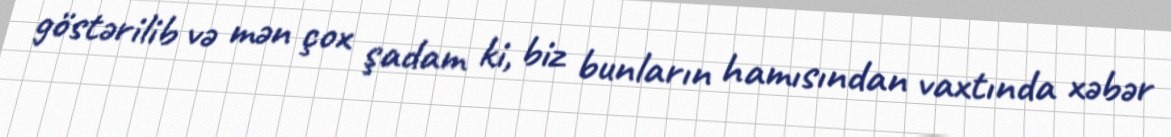
göstərilib və mən çox şadam ki, biz bunların hamısından vaxtında xəbər